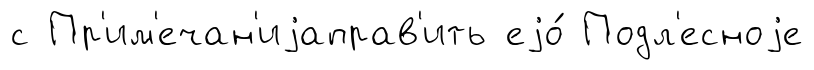
с Пр'им'ечан'иjаправ'ить еjо́ Подл'есноjе